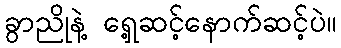
ခွာညိုနဲ့ ရှေ့ဆင့်နောက်ဆင့်ပဲ။